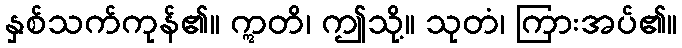
နှစ်သက်ကုန်၏။ ဣတိ၊ ဤသို့။ သုတံ၊ ကြားအပ်၏။